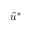
\hat { u } ^ { * }